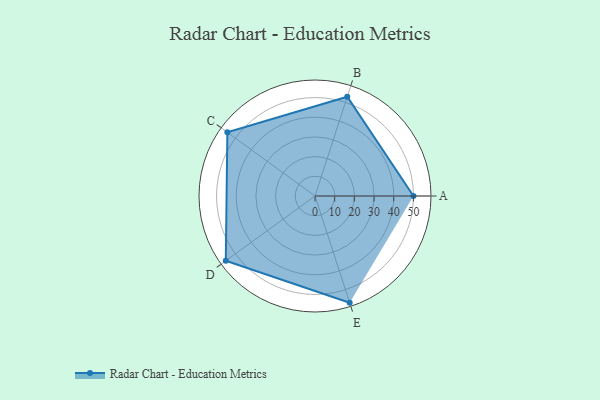
{"axis": {"x": "Skill", "y": "Score"}, "legend": ["Profile"], "data": [{"x": "A", "y": 50.0, "type": "Profile"}, {"x": "B", "y": 53.0, "type": "Profile"}, {"x": "C", "y": 55.0, "type": "Profile"}, {"x": "D", "y": 56.0, "type": "Profile"}, {"x": "E", "y": 57.0, "type": "Profile"}]}